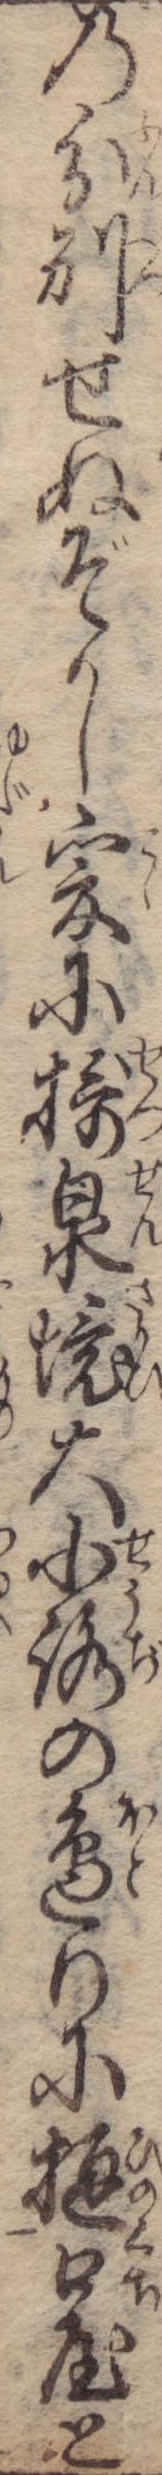
の分別せぬぞかし爰に摂泉境大小路の辺りに樋口屋と